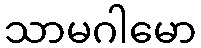
သာမဂါမော